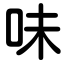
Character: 味